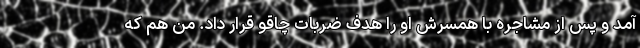
آمد و پس از مشاجره با همسرش او را هدف ضربات چاقو قرار داد. من هم که